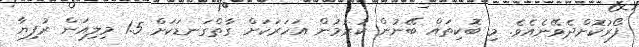
ފޯރުކޮށްދެވޭނެއެވެ. މި ބޮކިތައް ބޭނުން ކުރުމުން އަހަރަކަށް ގާތްގަނޑަކަށް 1.5 މިލިއަން ރުފިޔާ